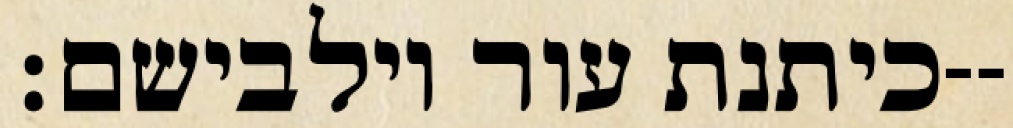
כיתנת עור וילבישם׃--